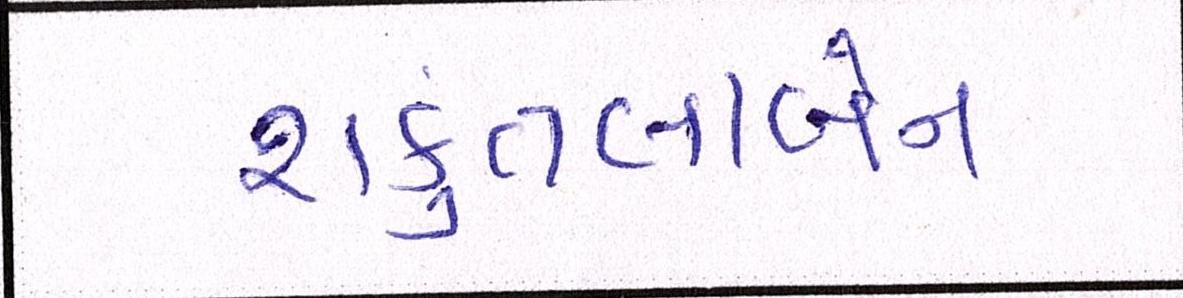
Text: શંકુતલાબેન